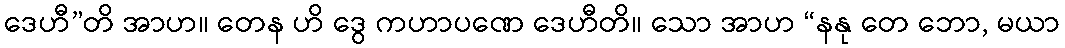
ဒေဟီ”တိ အာဟ။ တေန ဟိ ဒွေ ကဟာပဏေ ဒေဟီတိ။ သော အာဟ “နနု တေ ဘော, မယာ